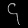
Digit: ၄